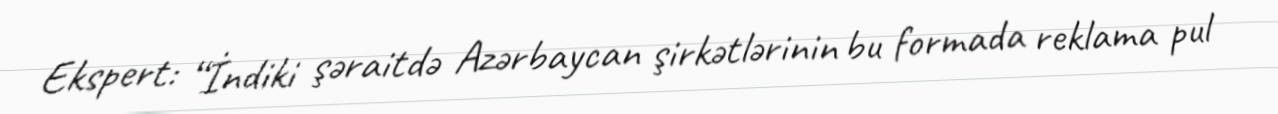
Ekspert: “İndiki şəraitdə Azərbaycan şirkətlərinin bu formada reklama pul